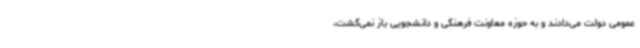
عمومی دولت می‌دادند و به حوزه معاونت فرهنگی و دانشجویی باز نمی‌گشت،